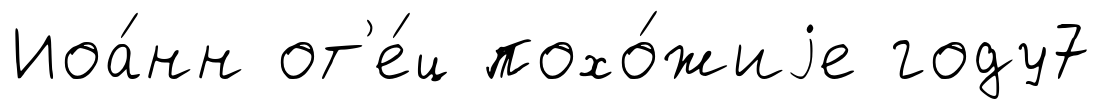
Иоа́нн от'е́ц похо́жиjе году7